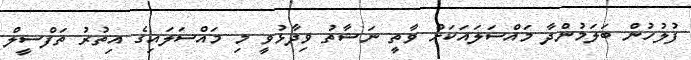
ފުލުހުން ބަލަމުންދާ މައްސަަލައަކަށް ވާތީ ނަޝާތު ވިދާޅުވީ މި މައްސަލައިގެ އިތުރު ތަފްސީލް